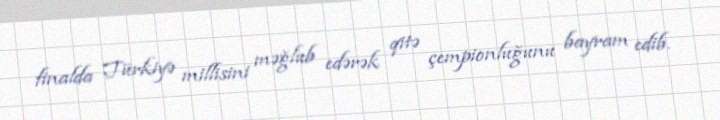
finalda Türkiyə millisini məğlub edərək qitə çempionluğunu bayram edib.